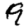
Digit: 9